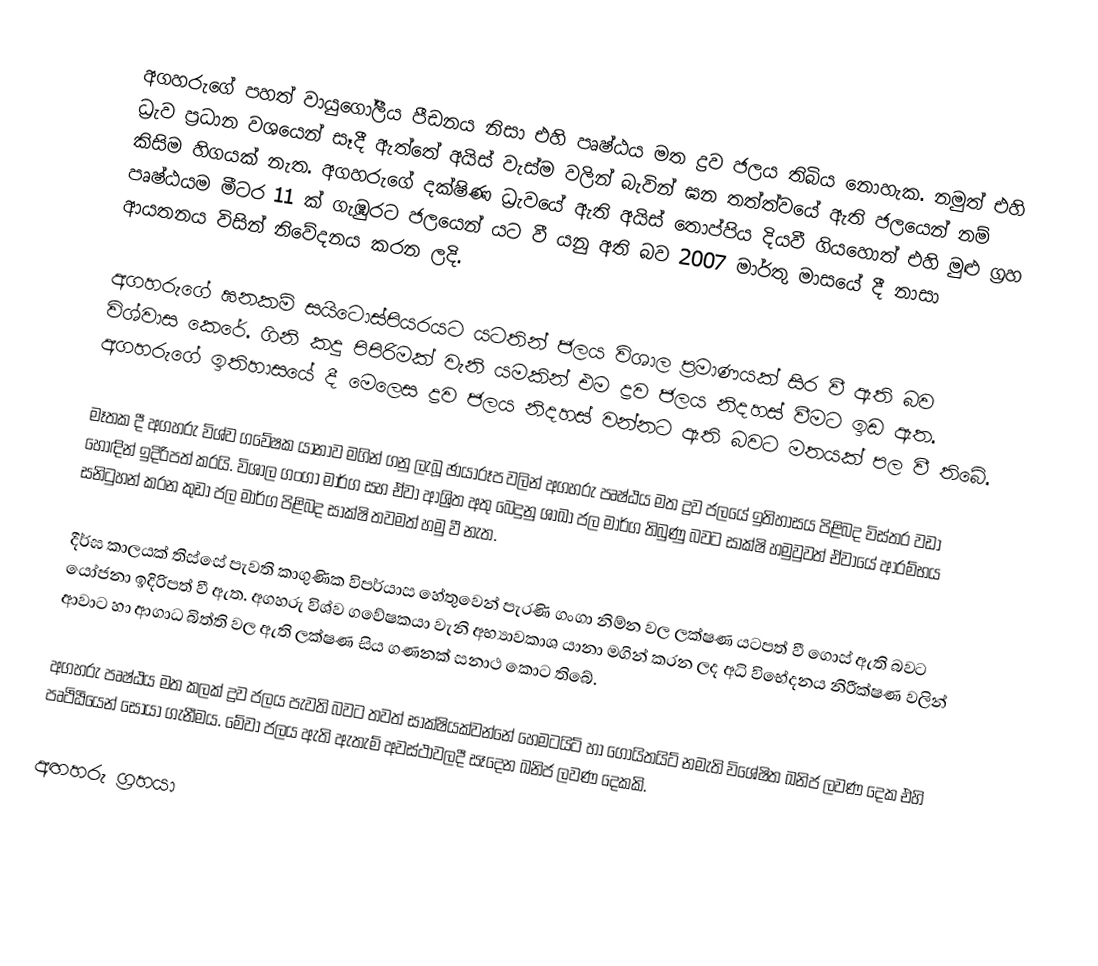
අගහරුගේ පහත් වායුගෝලීය  පීඩනය නිසා එහි පෘෂ්ඨය මත ද්‍රව ජලය තිබිය නොහැක. නමුත් එහි ධ්‍රැව ප්‍රධාන වශයෙන් සෑදී ඇත්තේ අයිස් වැස්ම වලින් බැවින් ඝන තත්ත්වයේ ඇති ජලයෙන් නම් කිසිම හිගයක් නැත. අගහරුගේ දක්ෂිණ ධ්‍රැවයේ ඇති අයිස් තොප්පිය දියවී ගියහොත් එහි මුළු ග්‍රහ පෘෂ්ඨයම  මීටර 11 ක් ගැඹුරට ජලයෙන් යට වී යනු අති බව 2007 මාර්තු මාසයේ දී නාසා ආයතනය විසින් නිවේදනය කරන ලදි.

අගහරුගේ ඝනකම් සයිටොස්පියරයට යටතින් ජලය විශාල ප්‍රමාණයක් සිර වී ඇති බව  විශ්වාස කෙරේ. ගිනි කදු පිපිරිමක් වැනි යමකින් එම ද්‍රව ජලය නිදහස් වීමට ඉඩ ඇත. අගහරුගේ ඉතිහාසයේ දී මෙලෙස ද්‍රව ජලය නිදහස් වන්නට ඇති බවට මතයක් පල වී  තිබේ.

මෑතක දී අගහරු විශ්ව ගවේෂක යානාව මගින් ගනු ලැබූ ඡායාරූප වලින් අගහරු පෘෂ්ඨය මත ද්‍රව ජලයේ ඉතිහාසය පිළිබද විස්තර වඩා හොඳින් ඉදිරිපත් කරයි. විශාල ගංගා මාර්ග සහ ඒවා ආශ්‍රිත  අතු බෙදුනු ශාඛා ජල මාර්ග තිබුණු බවට  සාක්ෂි හමුවුවත් ඒවායේ ආරම්භය සනිටුහන් කරන  කුඩා ජල මාර්ග පිළිබද සාක්ෂි තවමත් හමු වී නැත.

දීර්ඝ කාලයක් තිස්සේ පැවති කාගුණික විපර්යාස හේතුවෙන් පැරණි ගංගා නිම්න වල ලක්ෂණ යටපත් වී ගොස් ඇති බවට යෝජනා ඉදිරිපත් වී ඇත. අගහරු විශ්ව ගවේෂකයා වැනි අභ්‍යාවකාශ යානා මගින් කරන ලද අධි විභේදනය නිරීක්ෂණ වලින් ආවාට හා ආගාධ බිත්ති වල ඇති ලක්ෂණ සිය ගණනක් සනාථ කොට තිබේ.

අගහරු පෘෂ්ඨය මත කලක් ද්‍රව ජලය පැවති බවට තවත් සාක්ෂියක්වන්නේ හෙමටයිට් හා ගොයිතයිට් නමැති විශේෂිත ඛනිජ ලවණ දෙක එහි පෘථිඨියෙන් සොයා ගැනීමය. මේවා ජලය ඇති ඇතැම් අවස්ථාවලදී සෑදෙන ඛනිජ ලවණ දෙකකි.

අඟහරු ග්‍රහයා